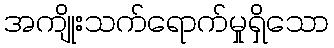
အကျိုးသက်ရောက်မှုရှိသော